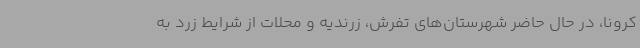
کرونا، در حال حاضر شهرستان‌های تفرش، زرندیه و محلات از شرایط زرد به